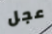
عجل